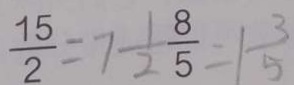
\frac { 1 5 } { 2 } = 7 \frac { 1 } { 2 } \frac { 8 } { 5 } = 1 \frac { 3 } { 5 }